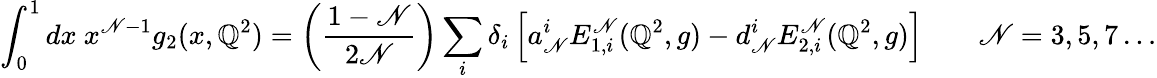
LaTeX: \int_{0}^{1}dx~x^{\mathscr{N}-1}g_{2}(x,\mathbb{Q}^{2})=\left(\frac{{1-\mathscr{N}}}{{2\mathscr{N}}}\right)\sum_{i}\delta_{i}\left[a_{\mathscr{N}}^{i}E_{1,i}^{\mathscr{N}}(\mathbb{Q}^{2},g)-d_{\mathscr{N}}^{i}E_{2,i}^{\mathscr{N}}(\mathbb{Q}^{2},g)\right]\qquad\mathscr{N}=3,5,7\dots